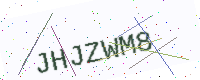
Text: JHJZWM8